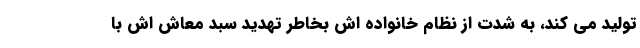
تولید می کند، به شدت از نظام خانواده اش بخاطر تهدید سبد معاش اش با